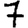
Digit: 7